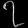
Digit: ၇